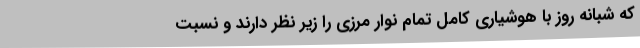
که شبانه روز با هوشیاری کامل تمام نوار مرزی را زیر نظر دارند و نسبت